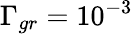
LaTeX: \Gamma_{gr}=10^{-3}